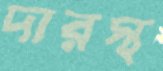
দারস্থ